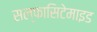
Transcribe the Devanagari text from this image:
सल्फासिटेमाइड